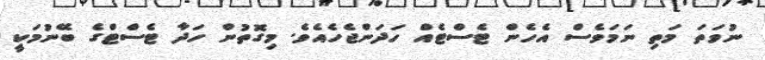
ނުވަތަ މަތި ނަމަވެސް އެހެން ޓެސްޓެއް ހަދަންޖެހެއެވެ. މިގޮތުން ހަދާ ޓެސްޓްގެ ބޭނުމަކީ